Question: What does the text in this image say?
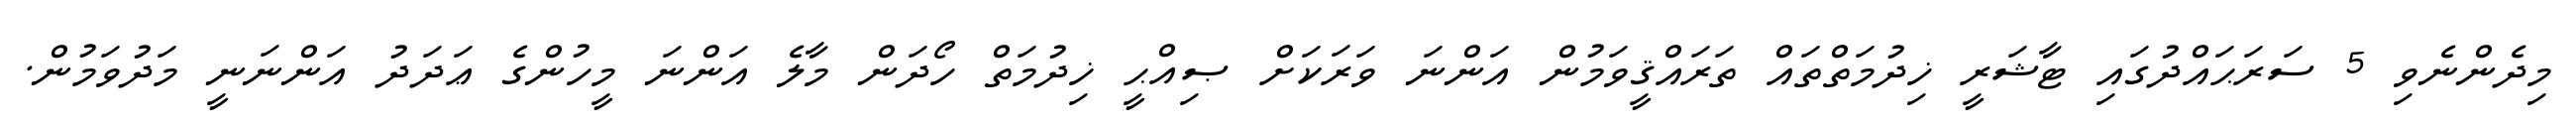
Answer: މިދެންނެވި 5 ސަރަޙައްދުގައި ޓާޝަރީ ޚިދުމަތްތައް ތަރައްޤީވަމުން އަންނަ ވަރަކަށް ޞިއްޙީ ޚިދުމަތް ހޯދަން މާލެ އަންނަ މީހުންގެ ޢަދަދު އަންނަނީ މަދުވަމުން.